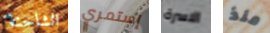
الشاحنة إستمري الاسرة منذ